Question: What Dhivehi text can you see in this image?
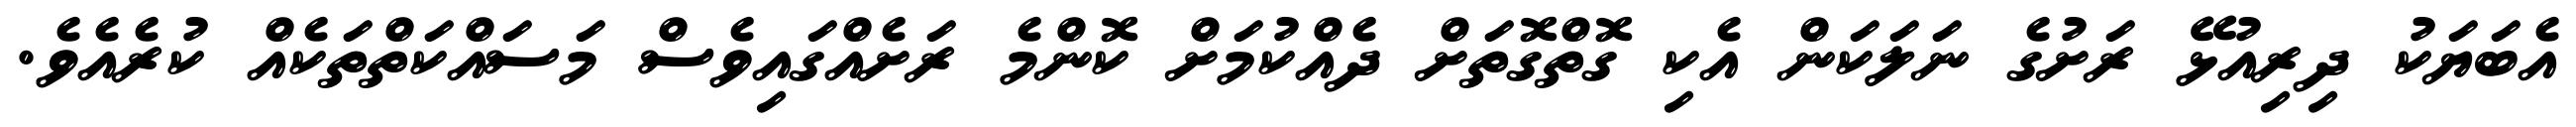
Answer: އެބަޔަކު ދިރިއުޅޭ ރަށުގެ ނަލަކަން އެކި ގޮތްގޮތަށް ދެއްކުމަށް ކޮންމެ ރަށެއްގައިވެސް މަސައްކަތްތަކެއް ކުރެއެވެ.